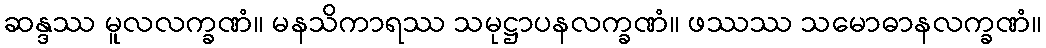
ဆန္ဒဿ မူလလက္ခဏံ။ မနသိကာရဿ သမုဋ္ဌာပနလက္ခဏံ။ ဖဿဿ သမောဓာနလက္ခဏံ။